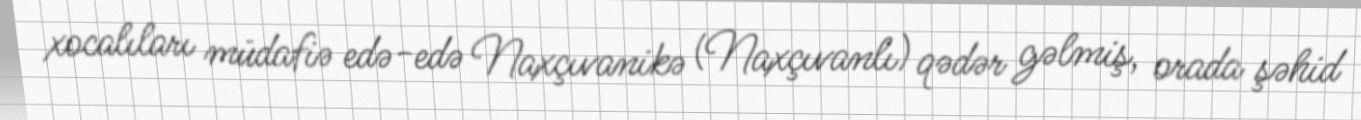
xocalıları müdafiə edə-edə Naxçıvanikə (Naxçıvanlı) qədər gəlmiş, orada şəhid